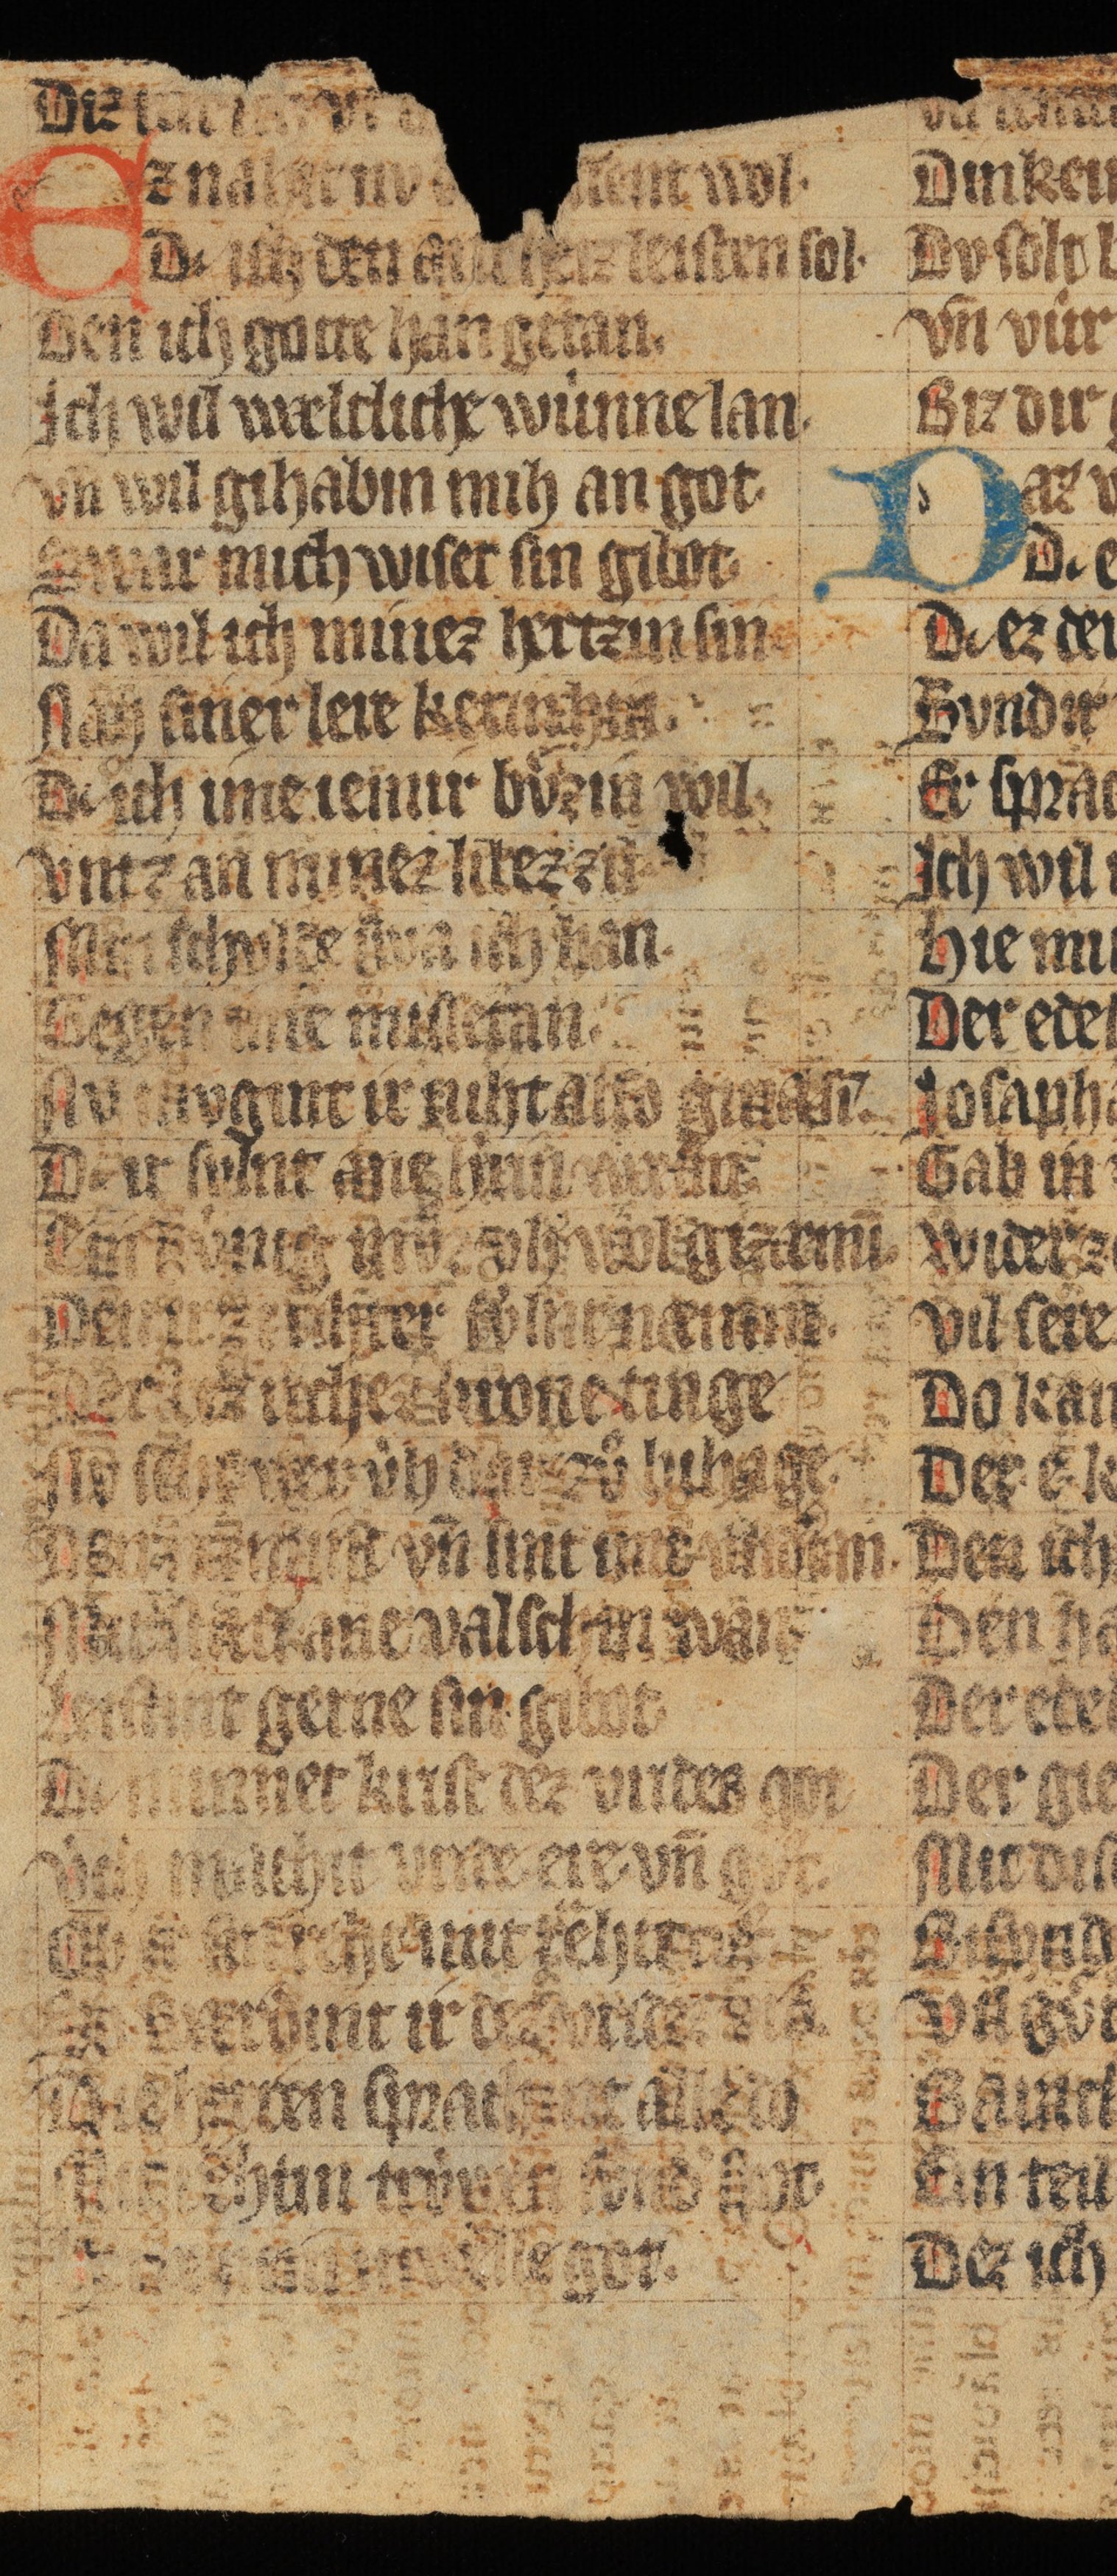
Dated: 1300–1349